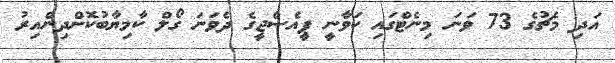
އަދި މެޗުގެ 73 ވަނަ މިނެޓްގައި ކަވާނީ ޕީއެސްޖީގެ ދެވަނަ ގޯލް ކާމިޔާބުކޮށްދިންއިރު